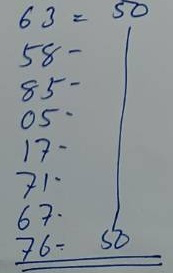
63 = 50
58 = 50
85 = 50
05 = 50
17 = 50
71 = 50
67 = 50
76 = 50